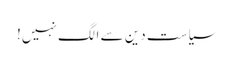
سیاست دین سے الگ نہیں!